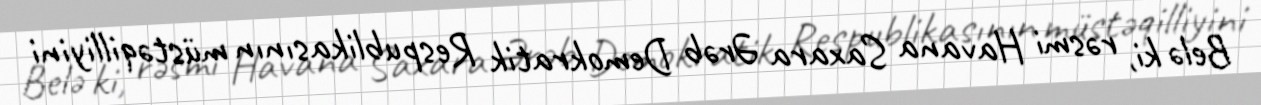
Belə ki, rəsmi Havana Saxara Ərəb Demokratik Respublikasının müstəqilliyini